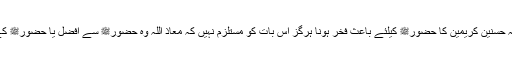
٭ ثابت ہوا کہ حسنین کریمین کا حضورﷺ کیلئے باعث فخر ہونا ہرگز اس بات کو مستلزم نہیں کہ معاذ اللہ وہ حضورﷺ سے افضل یا حضورﷺ کے برابر ہوں۔